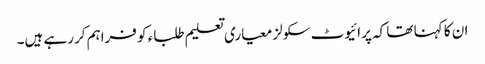
ان کا کہنا تھا کہ پرائیوٹ سکولز معیاری تعلیم طلباء کو فراہم کررہے ہیں۔